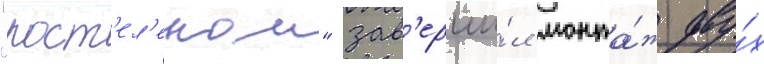
"рост'ел'еком" зав'ерши́л монта́ж дву́х